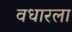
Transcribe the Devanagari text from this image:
वधारला